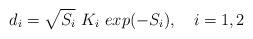
LaTeX: \begin{align*}d_{i} = \sqrt{S_{i}} \ K_{i} \ exp(-S_{i}), \ \ \ i = 1, 2\end{align*}